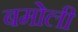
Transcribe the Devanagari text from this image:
बमोली